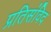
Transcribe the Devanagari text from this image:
प्रतिसंविद